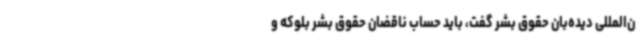
ن‌المللی دیده‌بان حقوق بشر گفت، باید حساب ناقضان حقوق بشر بلوکه و